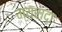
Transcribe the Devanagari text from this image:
म्यरादा